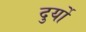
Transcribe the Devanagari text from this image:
दुर्यो